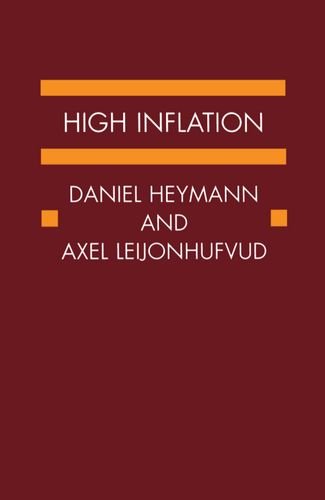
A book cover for High Inflation: The Arne Ryde Memorial Lectures; Daniel Heymann; Business & Money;